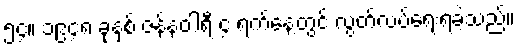
၅၄။ ၁၉၄၈ ခုနှစ် ဇန်နဝါရီ ၄ ရက်နေ့တွင် လွတ်လပ်ရေးရခဲ့သည်။